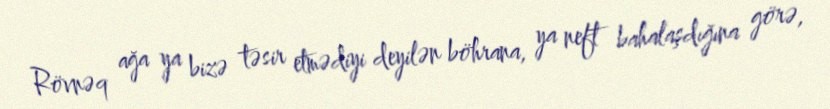
Rövnəq ağa ya bizə təsir etmədiyi deyilən böhrana, ya neft bahalaşdığına görə,